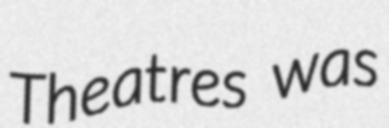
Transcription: Theatres was